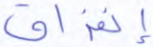
إنفراق